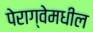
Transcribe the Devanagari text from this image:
पेराग्वेमधील